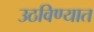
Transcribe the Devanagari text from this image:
उठविण्यात